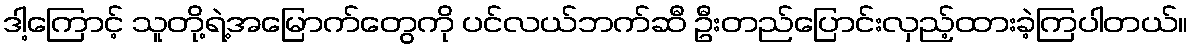
ဒါ့ကြောင့် သူတို့ရဲ့အမြောက်တွေကို ပင်လယ်ဘက်ဆီ ဦးတည်ပြောင်းလှည့်ထားခဲ့ကြပါတယ်။